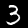
Digit: 3